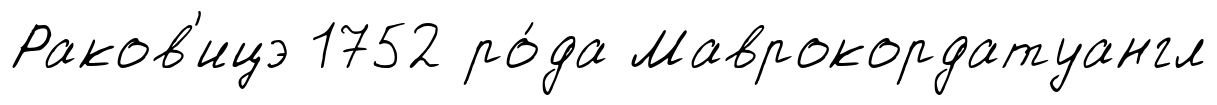
Раков'ицэ 1752 ро́да Маврокордатуангл